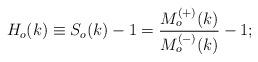
LaTeX: \begin{align*}H_o(k)\equiv S_o(k)-1=\frac{M^{(+)}_o(k)}{M^{(-)}_o(k)}-1;\end{align*}